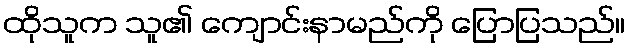
ထိုသူက သူ၏ ကျောင်းနာမည်ကို ပြောပြသည်။